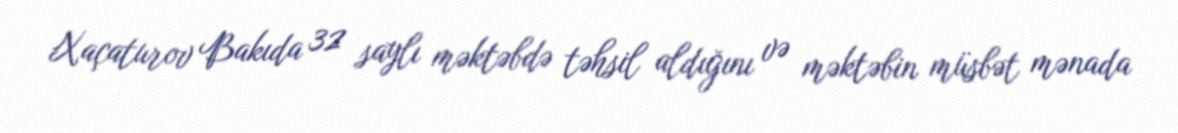
Xaçaturov Bakıda 32 saylı məktəbdə təhsil aldığını və məktəbin müsbət mənada